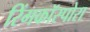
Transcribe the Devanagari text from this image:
रिंगकॉस्पोरा